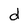
Character: d